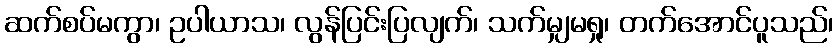
ဆက်စပ်မကွာ၊ ဥပါယာသ၊ လွန်ပြင်းပြလျက်၊ သက်မျှမရှု၊ တက်အောင်ပူသည်၊